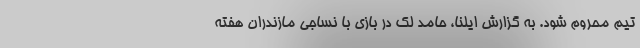
تیم محروم شود. به گزارش ایلنا، حامد لک در بازی با نساجی مازندران هفته